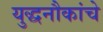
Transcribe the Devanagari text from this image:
युद्धनौकांचे